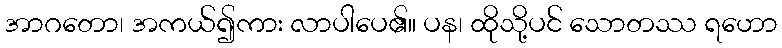
အာဂတော၊ အကယ်၍ကား လာပါပေ၏။ ပန၊ ထိုသို့ပင် သောတဿ ရဟော